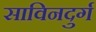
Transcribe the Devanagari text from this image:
साविनदुर्ग